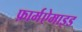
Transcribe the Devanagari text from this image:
फ़ार्मऐमाइड